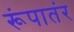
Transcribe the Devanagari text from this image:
रूंपातंर